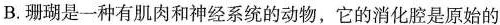
B.珊瑚是一种有肌肉和神经系统的动物，它的消化腔是原始的